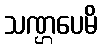
သဏ္ဌပေမိ